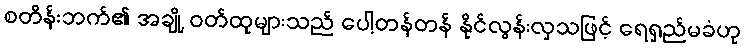
စတိန်းဘက်၏ အချို့ ဝတ်ထုများသည် ပေါ့တန်တန် နိုင်လွန်းလှသဖြင့် ရေရှည်မခံဟု